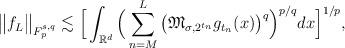
LaTeX: \begin{align*}\big\Vert f_L\big\Vert_{F_p^{{s},q}}\lesssim \Big[\int_{\mathbb{R}^d}{\Big(\sum_{n=M}^{L}{\big(\mathfrak{M}_{{\sigma},2^{t_n}}{g_{{t_n}}}(x)\big)^q}\Big)^{{p}/{q}}}dx\Big]^{{1}/{p}},\end{align*}